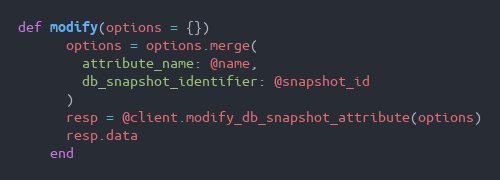
Language: Ruby
def modify(options = {})
      options = options.merge(
        attribute_name: @name,
        db_snapshot_identifier: @snapshot_id
      )
      resp = @client.modify_db_snapshot_attribute(options)
      resp.data
    end